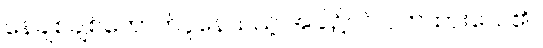
နေချစ်ချစ်တောက်ပူနေသည့် အခါ၌ပင် ဝတ်ထားလေ၏။